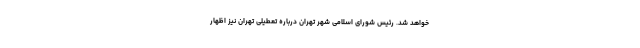
خواهد شد. رئیس شورای اسلامی شهر تهران درباره تعطیلی تهران نیز اظهار